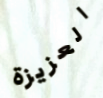
العزيزة